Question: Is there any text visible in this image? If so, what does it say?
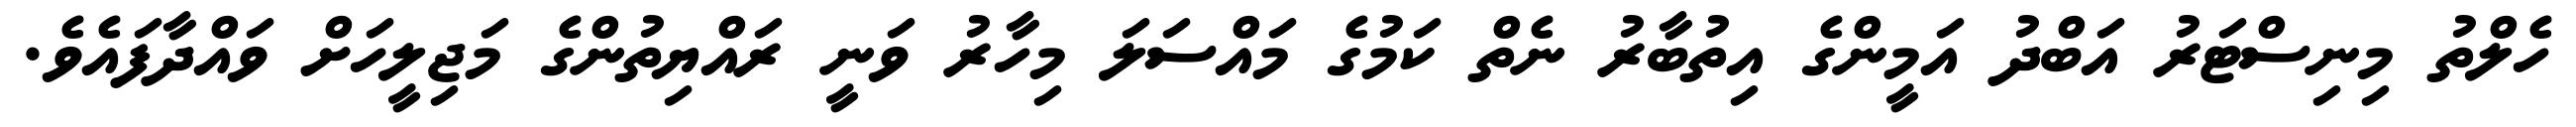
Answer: ހެލްތު މިނިސްޓަރު އަބްދު އަމީންގެ އިތުބާރު ނެތް ކަމުގެ މައްސަލަ މިހާރު ވަނީ ރައްޔިތުންގެ މަޖިލީހަށް ވައްދާފައެވެ.